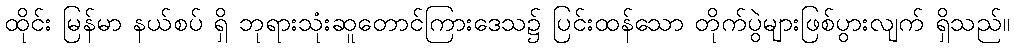
ထိုင်း မြန်မာ နယ်စပ် ရှိ ဘုရားသုံးဆူတောင်ကြားဒေသ၌ ပြင်းထန်သော တိုက်ပွဲများဖြစ်ပွားလျက် ရှိသည်။